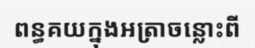
ពន្ធគយក្នុងអត្រាចន្លោះពី